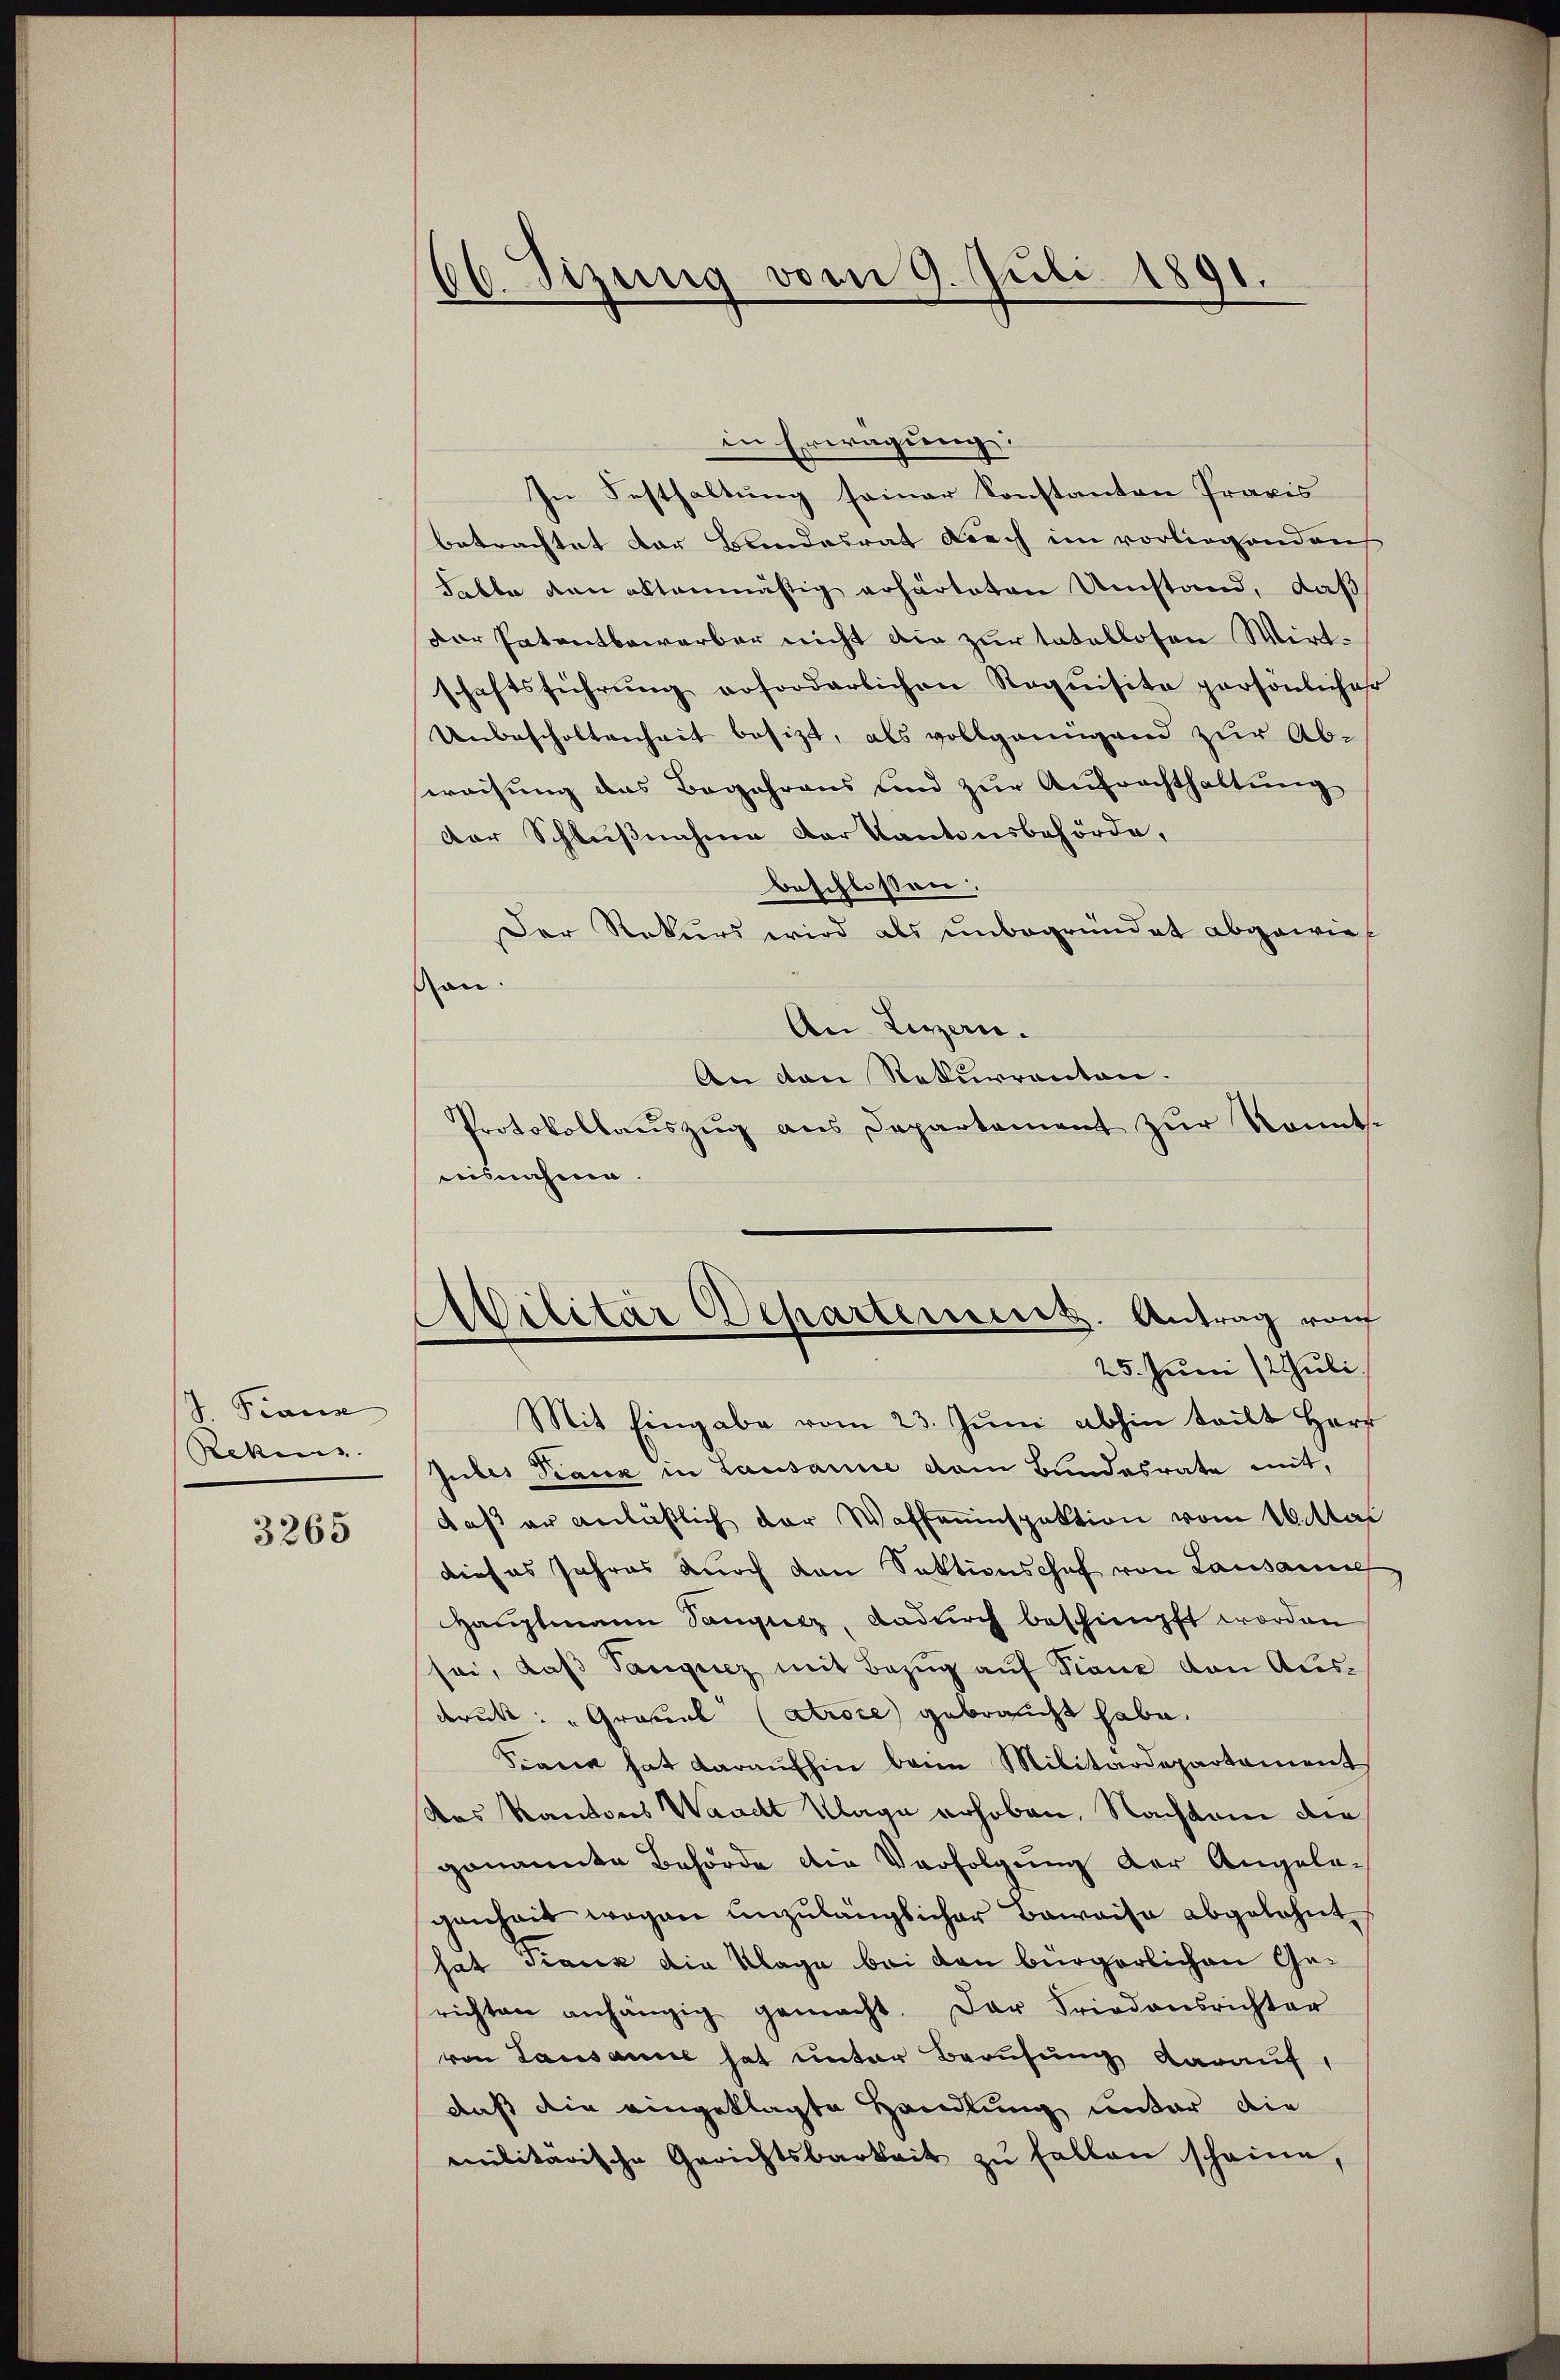
J. Trans
Rekens.

3265

66. Dizung vom 9. Juli 1891.

in Erwägung:
In Festhaltung seiner konstanton Praxis
betrachtet der Bandesrat durch im vorliegenden
Table den altenmäßig erharteten Umstand, daß
der Patentbewerber nicht die zur tatellosen Wirtschaftsführŭng erforderlichen Requisita persönlicher
Unbescholtenheit besizt, als vollgenügend zur Ab-
sweisung das Begehrens und zur Aufrachthaltung
der Schlußnahme der Kantonsbehörde,
beschlossen:
Der Rekurs wird als unbegründet abgewie
Mon.
An Lezzern.
An den Rekurrenten.
Protokollauszug aus Departement zur Konnt-
aisnahme.
Abilitär Departement. Antrag von
25. Juni /2 Juli
Mit Eingabe vom 23. Juni abhin teilt Herr
Jubes Teaux in Lausanne dem Bundesrate mit,
daß er anläßlich der Waffeninspektion vom 16. Mai
dieses Jahres durch den Sektionschaf von Lausanne
Hauptmann Sangusz, dadurch beschimpft worden
sei, daß Taugenz mit Bezug auf Franz von Aus-
drukt: „Gräuel (atroce gebraucht habe.
Scaria hat daraufhin beim Militärdepartement
Das Kantons Waadt Klage erhoben, Nachdem die
genannte Behörde die Verfolgung der Angelegenheit wegen anzulänglicher Beweise abgelehnt
hat Track die Klage bei den bürgerlichen Gerichten anhängig gemacht. Der Friedensrichter
von Lausanne hat unter Berufung darauf,
daß die eingeklagte Handlung unter die
militärische Gerichtsbarkeit zu fallen scheine,